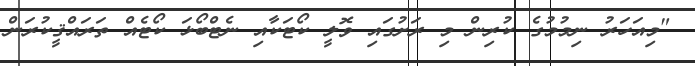
"މިއަހަރު ނިމުމުގެ ކުރިން މި ރަށުގައި ވޮލީ ކޯޓަކާއި ނެޓްބޯޅަ ކޯޓެއް ތަރައްޤީކުރަން